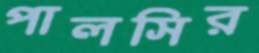
পালসির